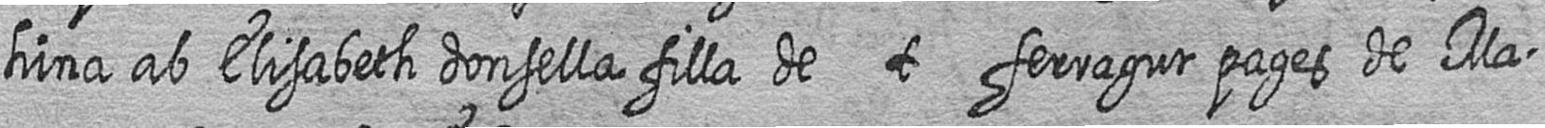
hina ab Elisabeth donsella filla de t ferragut pages de Ma=